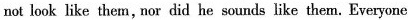
not look like them, nor did he sounds like them. Everyone